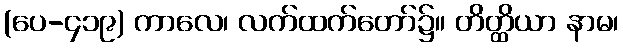
(ပေ-၄၁၉) ကာလေ၊ လက်ထက်တော်၌။ တိတ္ထိယာ နာမ၊